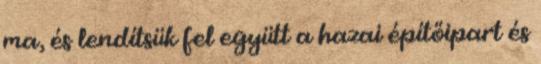
ma, és lendítsük fel együtt a hazai építőipart és